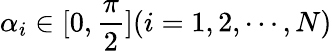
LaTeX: \alpha_{i}\in[0,\frac{\pi}{2}](i=1,2,\cdots,N)